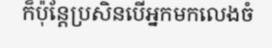
ក៏ប៉ុន្តែប្រសិនបើអ្នកមកលេងចំ